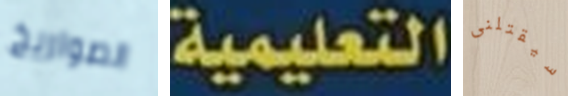
الصواريخ التعليمية سيقتلنى